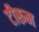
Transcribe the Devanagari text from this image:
टीरूम